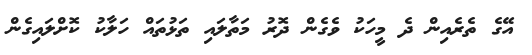
އޭގެ ތެރެއިން ދެ މީހަކު ވެގެން ދޮރު މަތާލައި ތަޅުތައް ހަލާކު ކޮށްލައިގެން